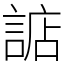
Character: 䛸